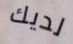
لديك